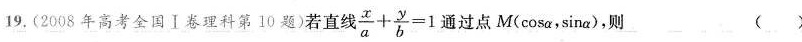
19.(2008年高考全国Ⅰ卷理科第10题)若直线$$\frac { x } { a } + \frac { y } { b } = 1$$过点M(\cos \alpha ，\sin \alpha )，则 ()